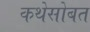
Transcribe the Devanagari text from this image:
कथेसोबत